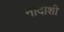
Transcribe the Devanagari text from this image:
नादाशी